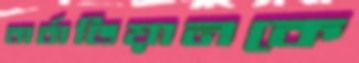
বার্বাডিয়ানকে